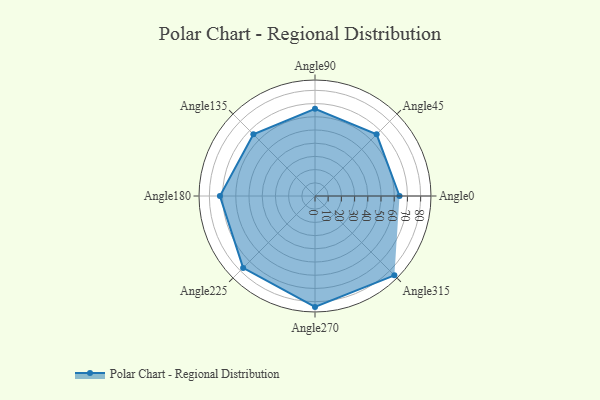
{"axis": {"x": "Angle", "y": "Radius"}, "legend": [""], "data": [{"x": "Angle0", "y": 64.0, "type": ""}, {"x": "Angle45", "y": 66.0, "type": ""}, {"x": "Angle90", "y": 66.0, "type": ""}, {"x": "Angle135", "y": 66.0, "type": ""}, {"x": "Angle180", "y": 72.0, "type": ""}, {"x": "Angle225", "y": 77.0, "type": ""}, {"x": "Angle270", "y": 84.0, "type": ""}, {"x": "Angle315", "y": 85.0, "type": ""}]}